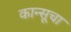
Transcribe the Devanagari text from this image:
कान्सूचा